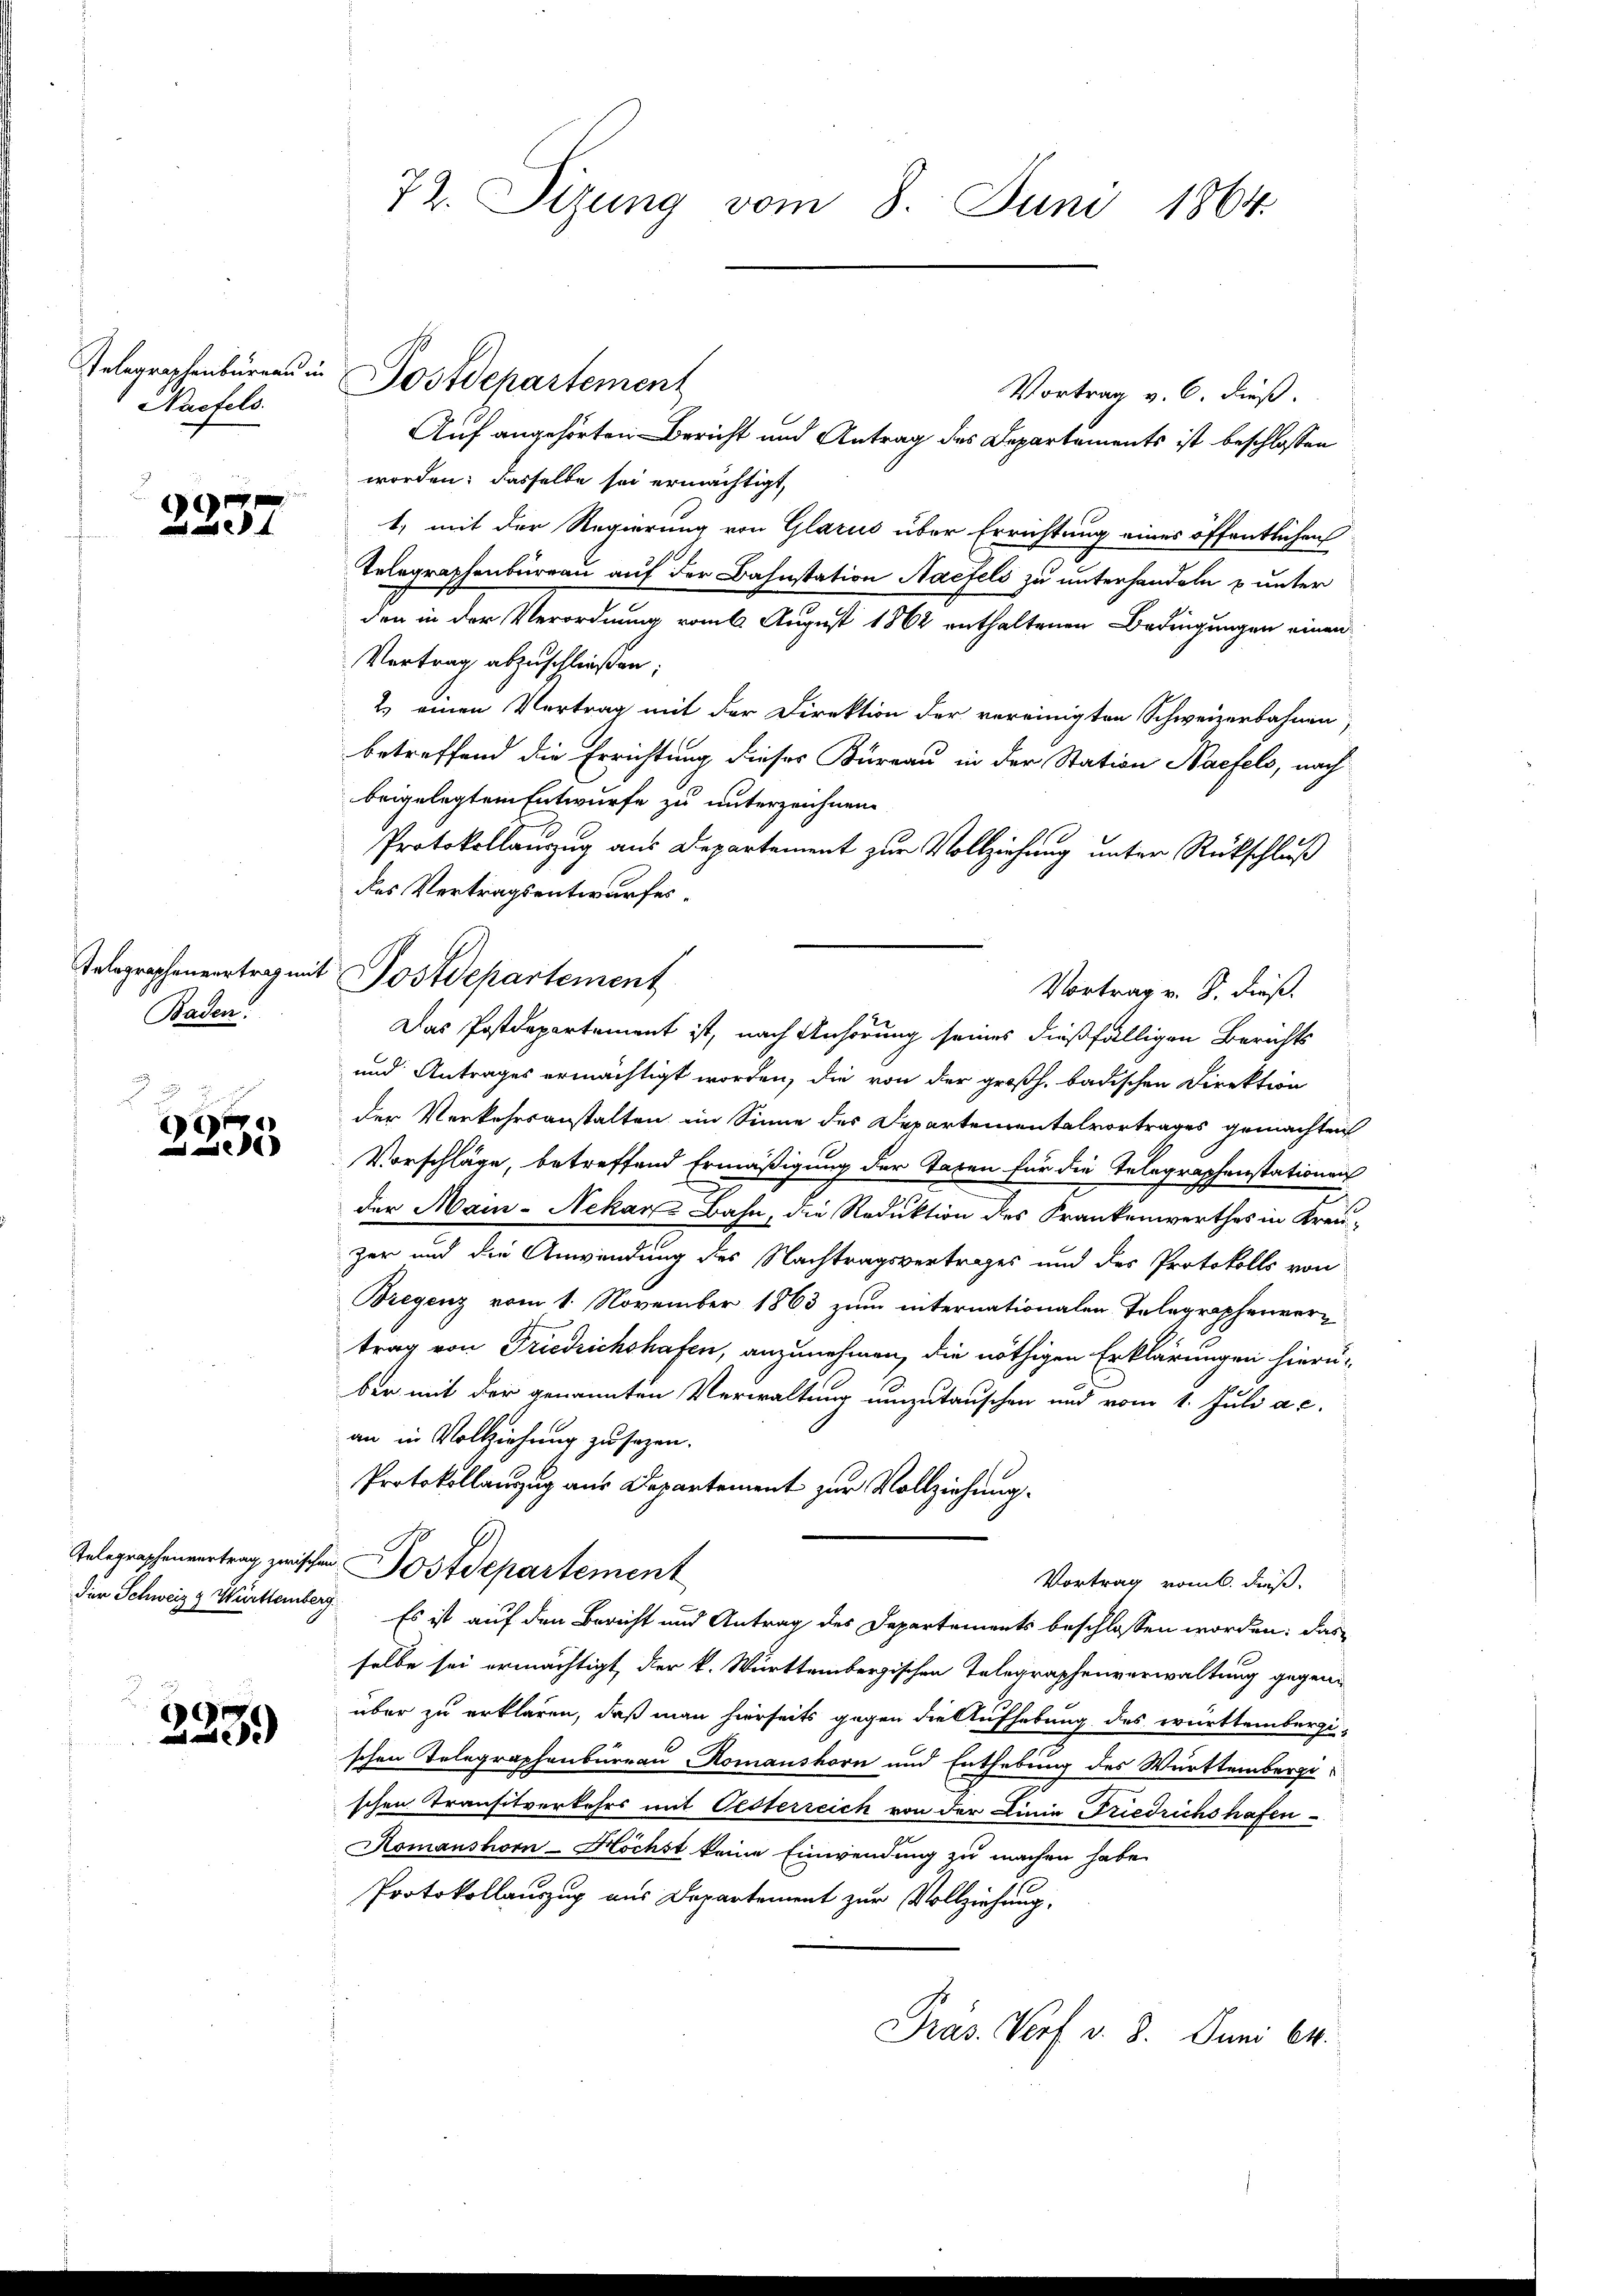
Gelegraphenbüreau
Naefels

2237

Baden.

2
e

3339

72. Sizung vom 8. Juni 1864.

Vortrag v. 6. dieß.
Auf angehörten Bericht und Antrag des Departements ist beschlossen
worden; dasselbe sei ermächtigt,
1, mit der Regierung von Glarus über Errichtung eines öffentlichen
Telegraphenbureau auf der Bahnstation Nacfels zu unterhandeln & unter
den in der Verordnung vom 6. August 1862 enthaltenen Bedingungen einen
Vortrag abzuschließen;
2.) einen Vertrag mit der Direktion der vereinigten Schweizerbahnen,
betreffend die Errichtung dieses Büreau in der Station Naefels, nach
beigelegtem Entwurfe zu unterzeichnen.
Protokollanzug aus Departement zur Vollziehung unter Rückschluß
des Vertragsentwurfes.
Vortrag v. S. dieß.
Das Postdepartement ist, nach Anhörung seines dießfälligen Berichts
und Antrages ermächtigt worden, die von der großh. badischen Direktion
der Verkehrsanstalten im Sinne des Departementalvortrages gemachten
Vorschläge, betreffend Ermäßigung der Taxen für die Telegraphenstationen
der Main-Nekan Bahn, die Reduktion des Krankenwerthes in Kreu-
zer und die Anwendung des Nachtragsvertrages und des Protokolls von
Bregenz vom 1. November 1863 zum internationalen Telegraphenvertrag von Friedrichshafen, anzunehmen, die nöthigen Erklärungen hierü-
ber mit der genannten Verwaltung umzutauschen und vom 1. Juli a. c.
an in Vollziehung zu sezen.
Protokollauzug aus Departement zur Vollziehung.
Telegraphenvertrag zwischen Postdepartement
Vortrag vom 6. dieß.
den Schweiz & Württemberg. Es ist auf den Bericht und Antrag des Departements beschlossen worden: das
selbe sei ermächtigt, der k. Württembergischen Telegraphenverwaltung gegenüber zu erklären, daß man hierseits gegen die Aufhebung des württembergi-
schen Telegraphenbureau Romanshorn und Enthebung des Württembergi
schen Transitverkehrs mit Oesterreich von der Linie Friedrichshafen-
Komanshorn-Höchst keine Einwendung zu machen habe.
Protokollauszug aus Departement zur Vollziehung.
Präs. Vorf v. 8. Juni 64.

Postdepartement

Telegraphenvertrag mit Postdepartement